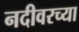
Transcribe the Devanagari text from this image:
नदीवरच्या